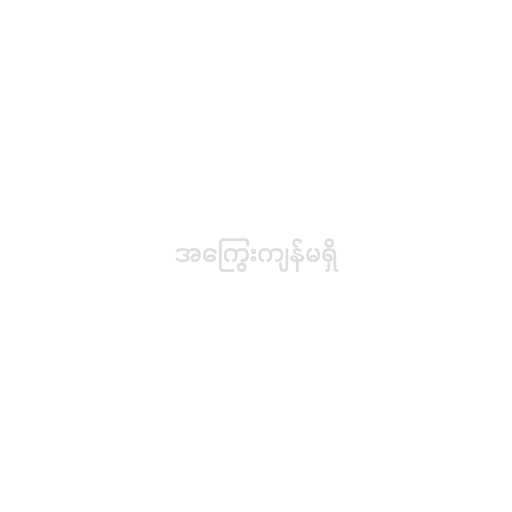
အကြွေးကျန်မရှိ